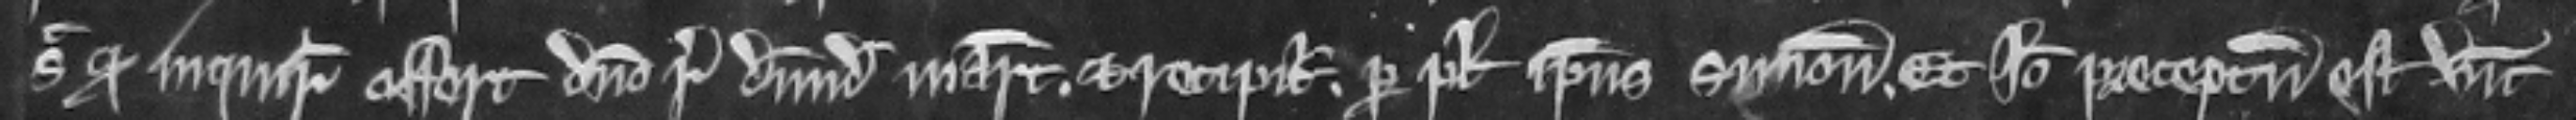
sic quod inquiratur offert domino regi dimidiam marcam et recipitur per plegium ipsius Simonis. Et ideo preceptum est vicecomiti